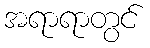
အရာရာတွင်